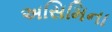
અસિમિના